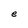
Character: e